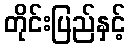
တိုင်းပြည်နှင့်